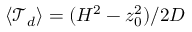
\langle \mathcal { T } _ { d } \rangle = ( H ^ { 2 } - z _ { 0 } ^ { 2 } ) / 2 D